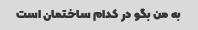
به من بگو در کدام ساختمان است